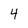
Character: 4